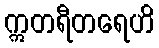
ဣတရီတရေဟိ